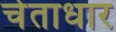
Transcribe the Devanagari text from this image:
चेताधार